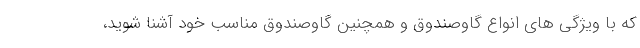
که با ویژگی های انواع گاوصندوق و همچنین گاوصندوق مناسب خود آشنا شوید،